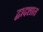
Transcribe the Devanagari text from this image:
द्वादशात